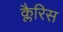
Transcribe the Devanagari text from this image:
क्लैरिस